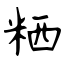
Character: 粞